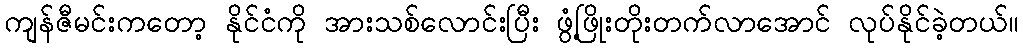
ကျန်ဇီမင်းကတော့ နိုင်ငံကို အားသစ်လောင်းပြီး ဖွံ့ဖြိုးတိုးတက်လာအောင် လုပ်နိုင်ခဲ့တယ်။